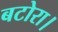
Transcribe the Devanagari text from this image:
बटोरा।